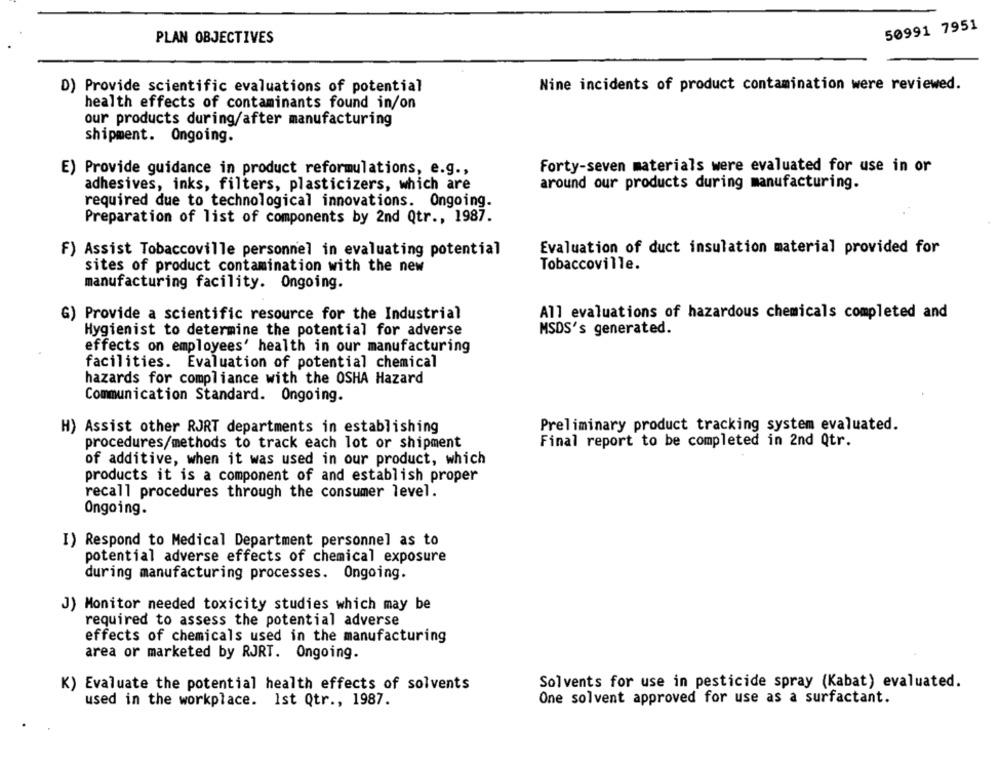
50991 7951
PLAN OBJECTIVES
D) Provide scientific evaluations of potential
Nine incidents of product contamination were reviewed.
health effects of contaminants found in/on
our products during/after manufacturing
shipment. Ongoing.
Forty-seven materials were evaluated for use in or
E) Provide guidance in product reformulations, e.g .,
adhesives, inks, filters, plasticizers, which are
around our products during manufacturing.
required due to technological innovations. Ongoing.
Preparation of list of components by 2nd Qtr ., 1987.
F) Assist Tobaccoville personnel in evaluating potential
Evaluation of duct insulation material provided for
sites of product contamination with the new
Tobaccoville.
manufacturing facility. Ongoing.
G) Provide a scientific resource for the Industrial
All evaluations of hazardous chemicals completed and
Hygienist to determine the potential for adverse
MSDS's generated.
effects on employees' health in our manufacturing
facilities. Evaluation of potential chemical
hazards for compliance with the OSHA Hazard
Communication Standard. Ongoing.
H) Assist other RJRT departments in establishing
Preliminary product tracking system evaluated.
procedures/methods to track each lot or shipment
Final report to be completed in 2nd Qtr.
of additive, when it was used in our product, which
products it is a component of and establish proper
recall procedures through the consumer level.
Ongoing.
I) Respond to Medical Department personnel as to
potential adverse effects of chemical exposure
during manufacturing processes. Ongoing.
J) Monitor needed toxicity studies which may be
required to assess the potential adverse
effects of chemicals used in the manufacturing
area or marketed by RJRT. Ongoing.
Solvents for use in pesticide spray (Kabat) evaluated.
K) Evaluate the potential health effects of solvents
One solvent approved for use as a surfactant.
used in the workplace. Ist Qtr ., 1987.